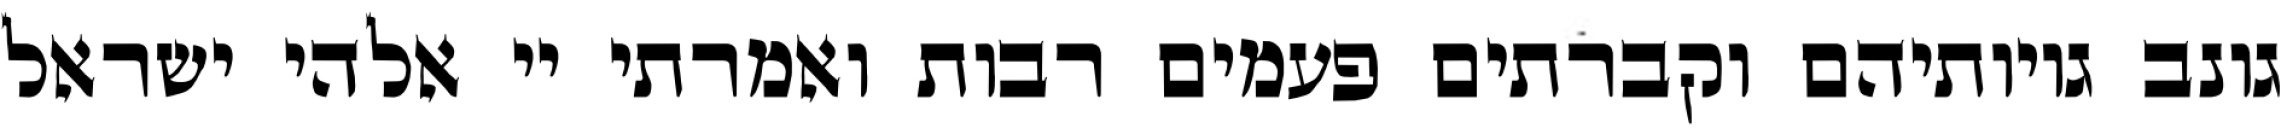
גונב גויותיהם וקברתים פעמים רבות ואמרתי יי אלהי ישראל